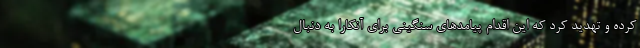
کرده و تهدید کرد که این اقدام پیامدهای سنگینی برای آنکارا به دنبال